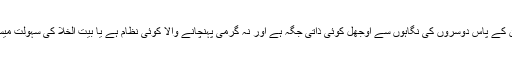
نہ تو ان کے پاس دوسروں کی نگاہوں سے اوجھل کوئی ذاتی جگہ ہے اور نہ گرمی پہنچانے والا کوئی نظام ہے یا بیت الخلا کی سہولت میسر ہے۔